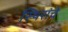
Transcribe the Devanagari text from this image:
स्थिरांचे